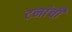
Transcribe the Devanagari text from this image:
टनांची